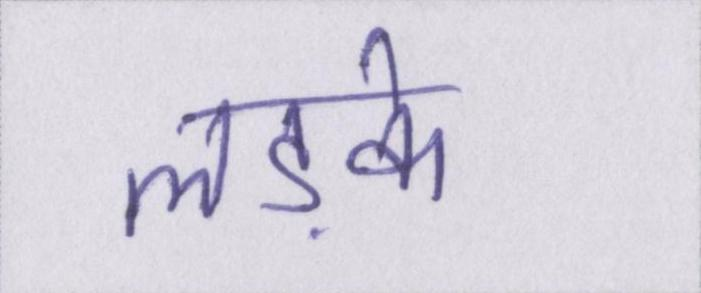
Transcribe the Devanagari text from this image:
लड़के